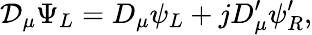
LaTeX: {\cal D}_{\mu}\Psi_{L}=D_{\mu}\psi_{L}+jD_{\mu}^{\prime}\psi_{R}^{\prime},